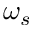
\omega _ { s }